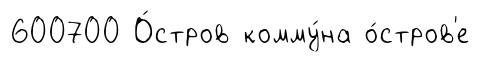
600700 О́стров комму́на о́стров'е